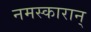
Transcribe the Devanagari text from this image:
नमस्कारान्